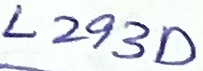
Text: L293D